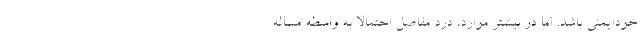
خودایمنی باشد. اما در بیشتر موارد، درد مفاصل احتمالا به واسطه مساله